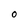
Character: O